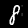
Digit: 8